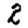
Digit: 2